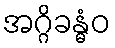
အဂ္ဂိခန္ဓံဝ